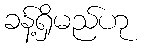
ခန့်ရှိမည်ဟု